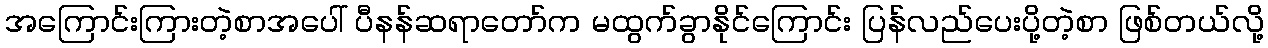
အကြောင်းကြားတဲ့စာအပေါ် ပီနန်ဆရာတော်က မထွက်ခွာနိုင်ကြောင်း ပြန်လည်ပေးပို့တဲ့စာ ဖြစ်တယ်လို့